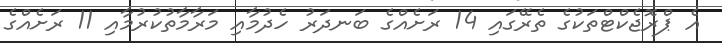
އެ ޕްރޮޖެކްޓްތަކުގެ ތެރޭގައި 14 ރަށެއްގެ ބަނދަރު ހެދުމާއި މަރާމާތުކުރުމާއި 11 ރަށެއްގެ